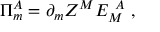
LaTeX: \Pi _ { m } ^ { A } = \partial _ { m } Z ^ { M } E _ { M } ^ { ~ A } ~ ,